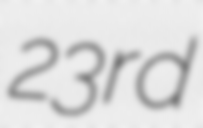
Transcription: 23rd